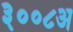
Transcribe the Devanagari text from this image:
३००८अ